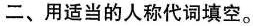
二、用适当的人称代词填空。